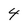
Character: 4